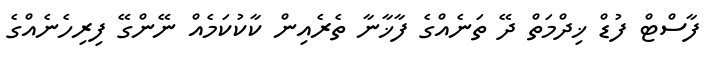
ފާސްޓް ފުޑް ޚިދްމަތް ދޭ ތަނެއްގެ ފާޚާނާ ތެރެއިން ކާކުކަމެއް ނޭންގޭ ފިރިހެނެއްގެ